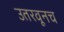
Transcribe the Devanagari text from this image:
उतरवूनच